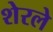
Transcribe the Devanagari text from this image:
शेरले